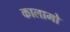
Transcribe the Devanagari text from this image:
कालामो